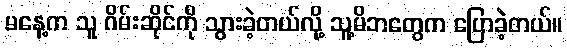
မနေ့က သူ ဂိမ်းဆိုင်ကို သွားခဲ့တယ်လို့ သူ့မိဘတွေက ပြောခဲ့တယ်။